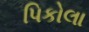
પિકોલા